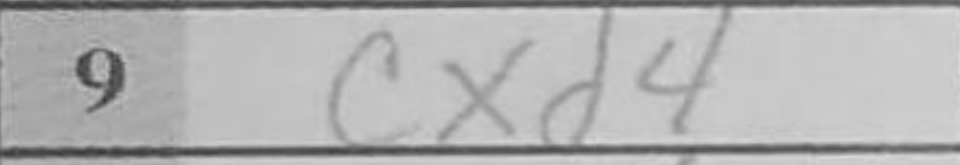
Transcription: cxd4